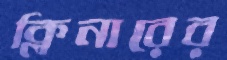
ক্লিনারের